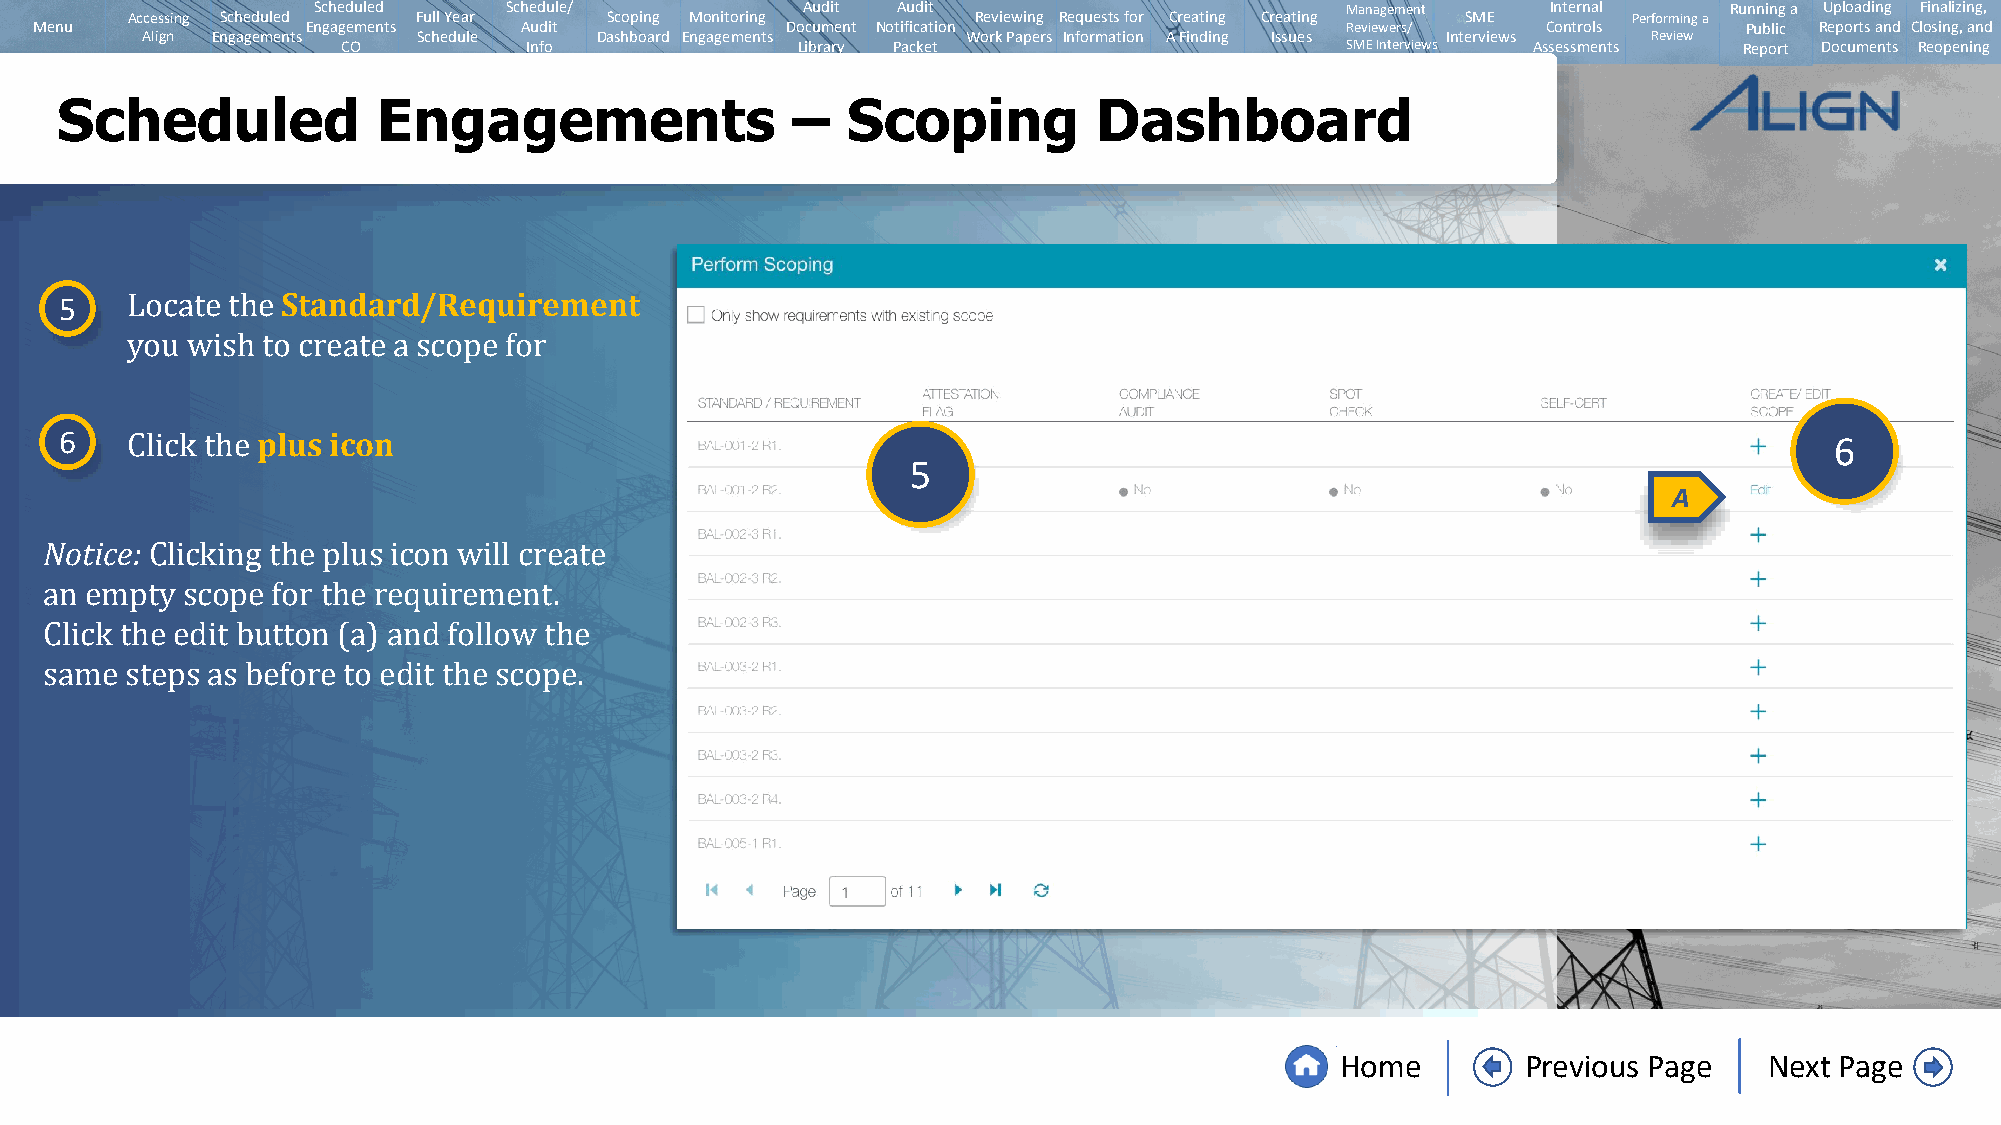
Scheduled   Schedule/           Audit Audit                         Management    Internal   Running a Uploading Finalizing,
 Accessing Scheduled Full Year   Scoping Monitoring       Reviewing Requests for Creating Creating SME Performing a
 Menu              Engagements   Audit             Document Notification                Reviewers/   Controls      Public Reports and Closing, and
 Align Engagements  Schedule   Dashboard Engagements    Work Papers Information A Finding Issues Interviews Review
 CO          Info              Library Packet                      SMEInterviews Assessments Report Documents Reopening
 Scheduled            Engagements                –   Scoping          Dashboard
 5              Standard/Requirement
 Locate the
 you wish to create a scope for
 6            plus icon                                                                                               6
 5
 A
 Click the
 Notice:
 Clicking the plus icon will create
 an empty scope for the requirement.
 Click the edit button (a) and follow the
 same steps as before to edit the scope.
 Home        Previous Page   Next Page